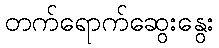
တက်ရောက်ဆွေးနွေး